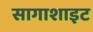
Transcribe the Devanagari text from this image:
सागाशाइट